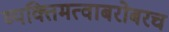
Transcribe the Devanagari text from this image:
व्यक्तिमत्वाबरोबरच